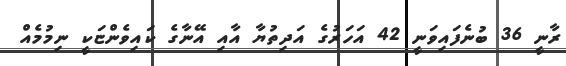
ރާނީ 36 ބުނެފައިވަނީ 42 އަހަރުގެ އަދިތުޔާ އާއި އޭނާގެ ކައިވެންޏަކީ ނިމުމެއް